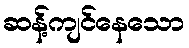
ဆန့်ကျင်နေသော